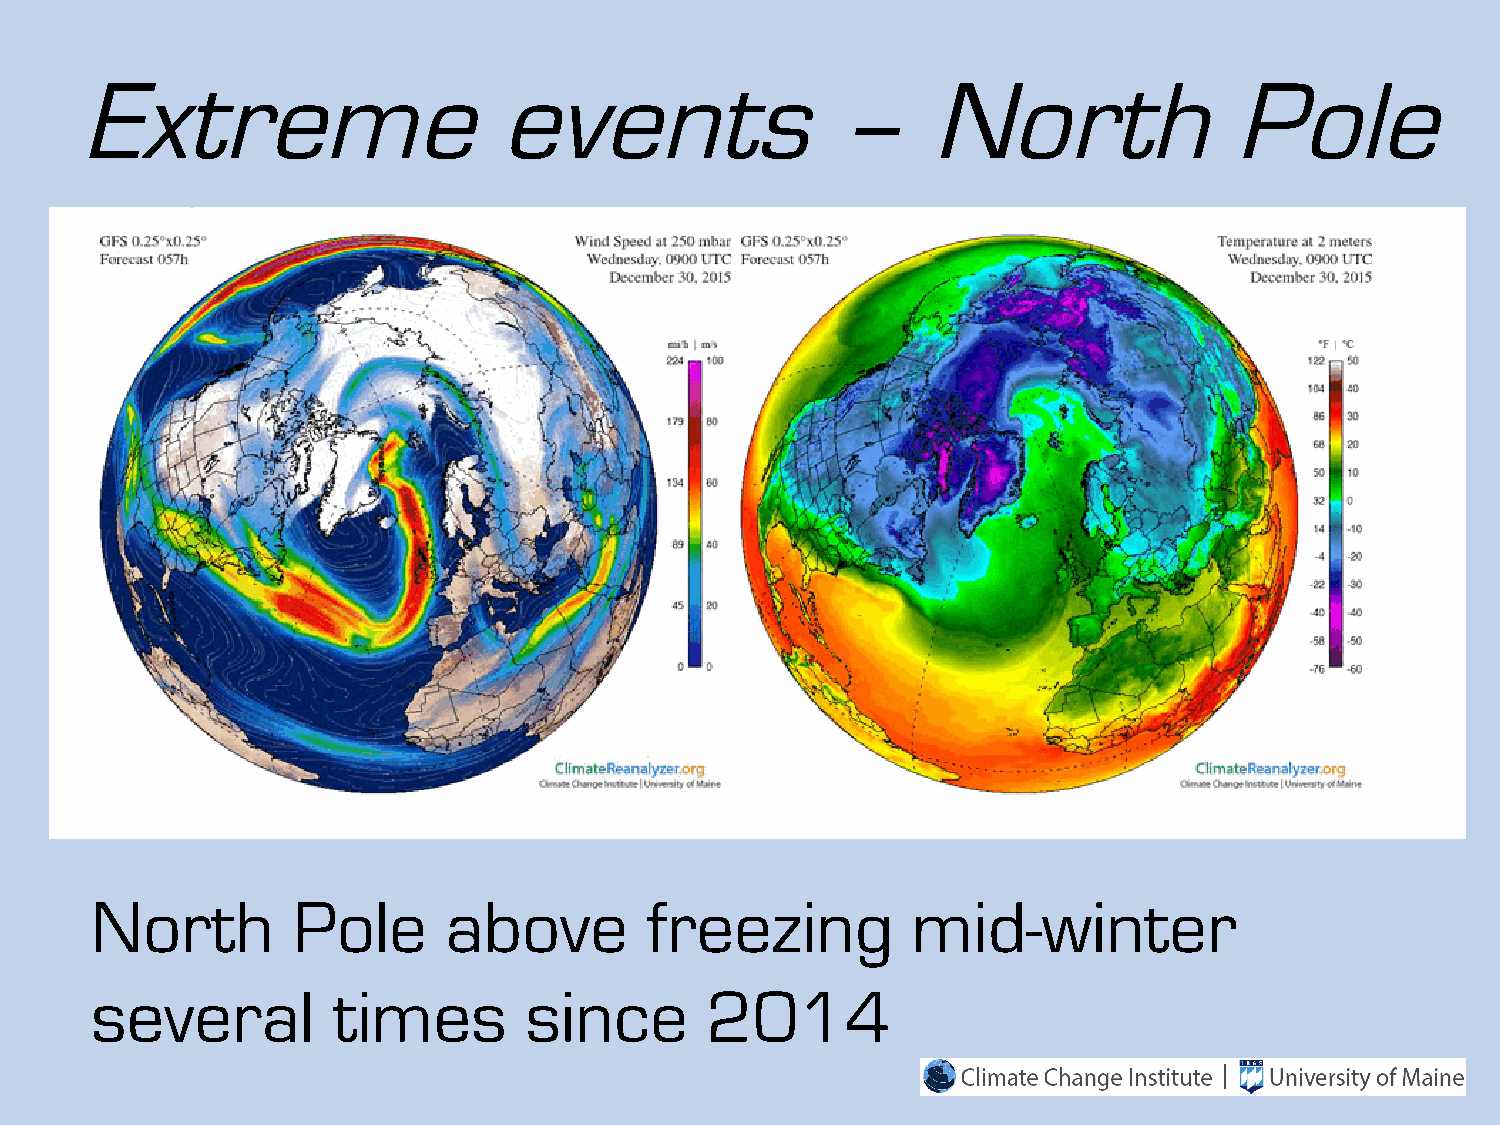
Extreme                     events                –     North               Pole
 North        Pole      above         freezing         mid-winter
 several         times        since       2014